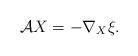
LaTeX: \begin{align*}\mathcal{A}X=-\nabla _{X}\xi . \end{align*}